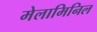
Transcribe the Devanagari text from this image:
मेलामिनिल